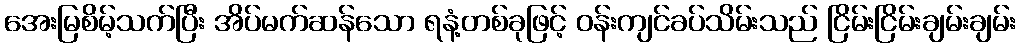
အေးမြစိမ့်သက်ပြီး အိပ်မက်ဆန်သော ရနံ့တစ်ခုဖြင့် ဝန်းကျင်ခပ်သိမ်းသည် ငြိမ်းငြိမ်းချမ်းချမ်း